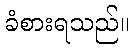
ခံစားရသည်။